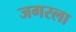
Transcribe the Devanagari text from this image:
जगरला